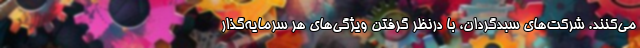
می‌کنند. شرکت‌های سبدگردان، با درنظر گرفتن ویژگی‌های هر سرمایه‌گذار